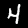
Digit: 4